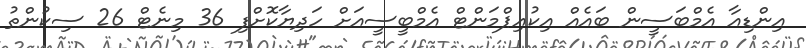
އިންޑިއާ އެމްބަސީން ބައެއް އިކުއިޕްމަންޓް އެމްބީސީއަށް ހަދިޔާކޮށްފި 36 މިނެޓް 26 ސިކުންތު